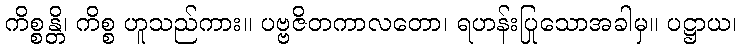
ကိစ္စန္တိ၊ ကိစ္စ ဟူသည်ကား။ ပဗ္ဗဇိတကာလတော၊ ရဟန်းပြုသောအခါမှ။ ပဋ္ဌာယ၊